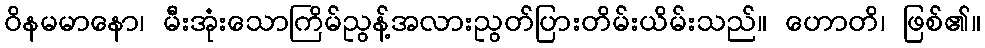
ဝိနမမာနော၊ မီးအုံးသောကြိမ်ညွန့်အလားညွတ်ပြားတိမ်းယိမ်းသည်။ ဟောတိ၊ ဖြစ်၏။